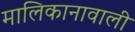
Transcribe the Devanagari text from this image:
मालिकानावाली